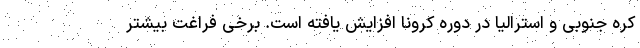
کره جنوبی و استرالیا در دوره کرونا افزایش یافته است. برخی فراغت بیشتر